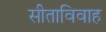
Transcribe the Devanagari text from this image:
सीताविवाह